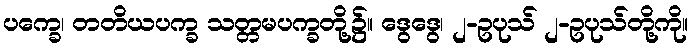
ပက္ခေ၊ တတိယပက္ခ သတ္တမပက္ခတို့၌။ ဒွေဒွေ၊ ၂-ဥပုသ် ၂-ဥပုသ်တို့ကို။